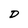
Character: D